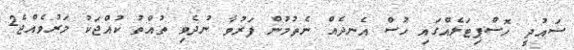
ސައުދީ ހޮސްޕިޓަލެއްގައި ހުސް އެނދެއް ނެތުމުން ފަރުވާ ނުދެވި ތުއްތު ކުއްޖަކު މަރުވެއްޖެ2